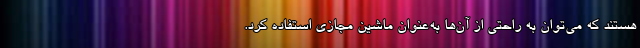
هستند که می‌توان به راحتی از آن‌ها به‌عنوان ماشین مجازی استفاده کرد.